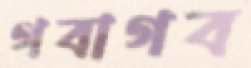
গবাগব